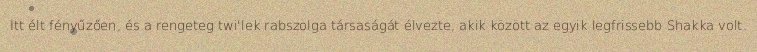
Itt élt fényűzően, és a rengeteg twi'lek rabszolga társaságát élvezte, akik között az egyik legfrissebb Shakka volt.